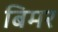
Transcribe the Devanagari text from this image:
बिमर